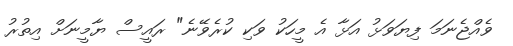
ވެއްޖެނަމަ ފިޔަވަޅު އަޅާ އެ މީހަކު ވަކި ކުރެވޭނެ" ރައީސް ޔާމީނަށް އިތުރު